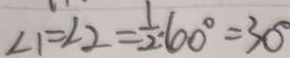
\angle 1 = \angle 2 = \frac { 1 } { 2 } \cdot 6 0 ^ { \circ } = 3 0